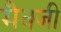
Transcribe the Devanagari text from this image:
मैक्जी